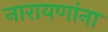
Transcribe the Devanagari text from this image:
नारायणांना